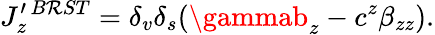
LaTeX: J_{z}^{\prime\, B\mathcal{R}ST}=\delta_{v}\delta_{s}(\gammab_{z}-c^{z}\beta_{zz}).